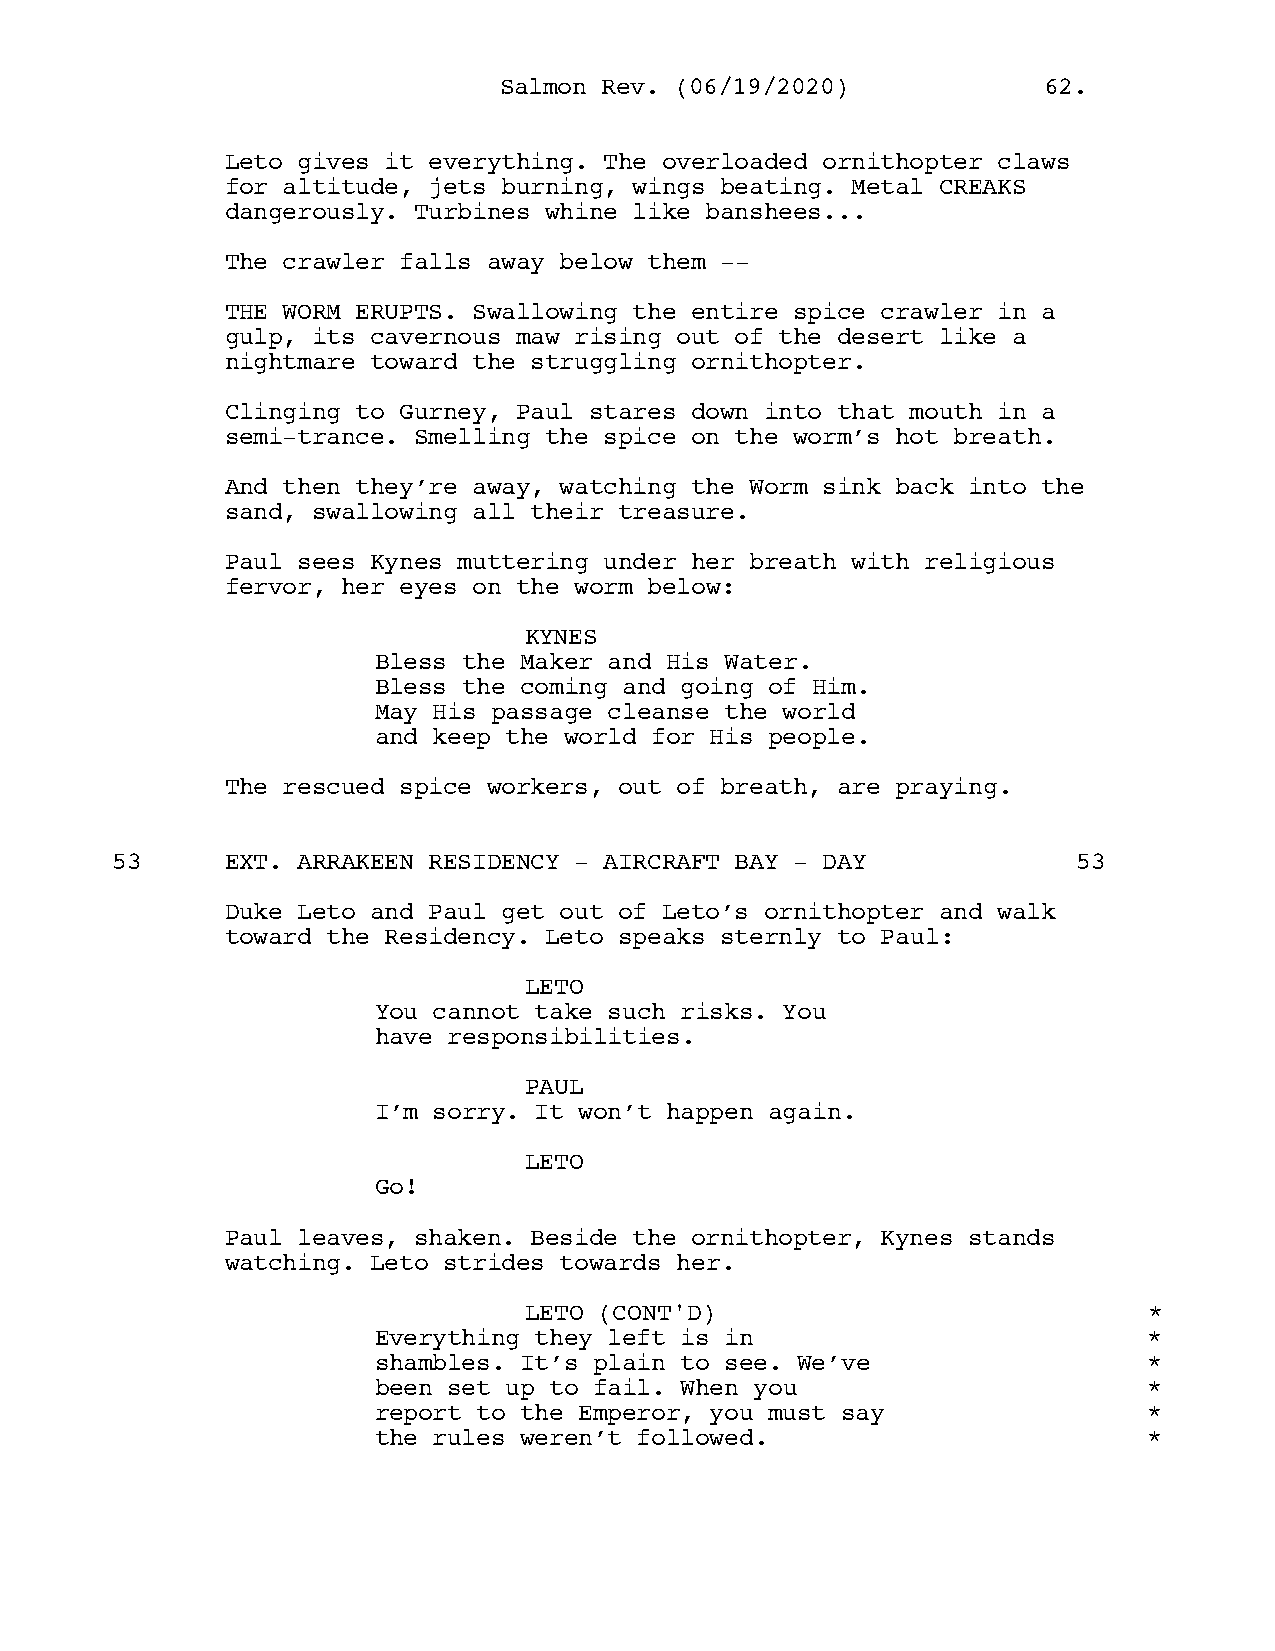
SSaallmmoonn RReevv.. ((0066//1199//22002200)) 6622..
 Leto gives it everything. The overloaded ornithopter claws
 for altitude, jets burning, wings beating. Metal CREAKS
 dangerously. Turbines whine like banshees...
 The crawler falls away below them --
 THE WORM ERUPTS. Swallowing the entire spice crawler in a
 gulp, its cavernous maw rising out of the desert like a
 nightmare toward the struggling ornithopter.
 Clinging to Gurney, Paul stares down into that mouth in a
 semi-trance. Smelling the spice on the worm’s hot breath.
 And then they’re away, watching the Worm sink back into the
 sand, swallowing all their treasure.
 Paul sees Kynes muttering under her breath with religious
 fervor, her eyes on the worm below:
 KYNES
 Bless the Maker and His Water.
 Bless the coming and going of Him.
 May His passage cleanse the world
 and keep the world for His people.
 The rescued spice workers, out of breath, are praying.
 53      EXT. ARRAKEEN RESIDENCY - AIRCRAFT BAY - DAY            53
 Duke Leto and Paul get out of Leto’s ornithopter and walk
 toward the Residency. Leto speaks sternly to Paul:
 LETO
 You cannot take such risks. You
 have responsibilities.
 PAUL
 I’m sorry. It won’t happen again.
 LETO
 Go!
 Paul leaves, shaken. Beside the ornithopter, Kynes stands
 watching. Leto strides towards her.
 LETO (CONT'D)                            *
 Everything they left is in                         *
 shambles. It’s plain to see. We’ve                 *
 been set up to fail. When you                      *
 report to the Emperor, you must say                *
 the rules weren’t followed.                        *